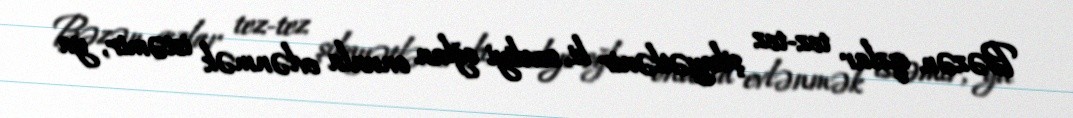
Bəzən qızlar tez-tez şikayətlənir ki, sevdiyi oğlan onunla evlənmək istəmir, ya